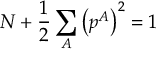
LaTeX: N + \frac { 1 } { 2 } \sum _ { A } \left( p ^ { A } \right) ^ { 2 } = 1